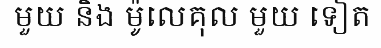
មួយ និង ម៉ូលេគុល មួយ ទៀត